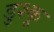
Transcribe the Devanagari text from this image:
डुश्कू